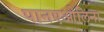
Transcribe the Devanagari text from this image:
पानएओलिना